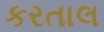
કરતાલ